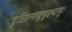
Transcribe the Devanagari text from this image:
दृष्टिप्रसाद्पुष्ट्यायुः